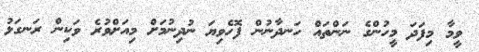
ވީމާ މިފަދަ މީހުންގެ ނަންތައް ހަނދާނުން ފޮހެވިޔަ ނުދިނުމަށް މިއަށްވުރެ ވަކިން ރަނގަޅު